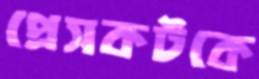
প্রেসকটকে